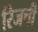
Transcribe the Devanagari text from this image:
रिजची